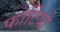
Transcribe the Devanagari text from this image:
फोर्टियो